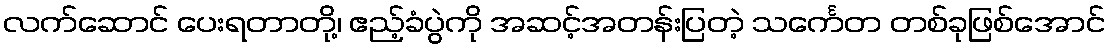
လက်ဆောင် ပေးရတာတို့၊ ဧည့်ခံပွဲကို အဆင့်အတန်းပြတဲ့ သင်္ကေတ တစ်ခုဖြစ်အောင်